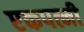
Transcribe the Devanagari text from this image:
एकपत्नी